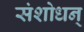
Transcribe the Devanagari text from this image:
संशोधन्